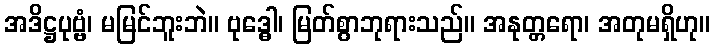
အဒိဋ္ဌပုဗ္ဗံ၊ မမြင်ဘူးဘဲ။ ဗုဒ္ဓေါ၊ မြတ်စွာဘုရားသည်။ အနုတ္တရော၊ အတုမရှိဟု။